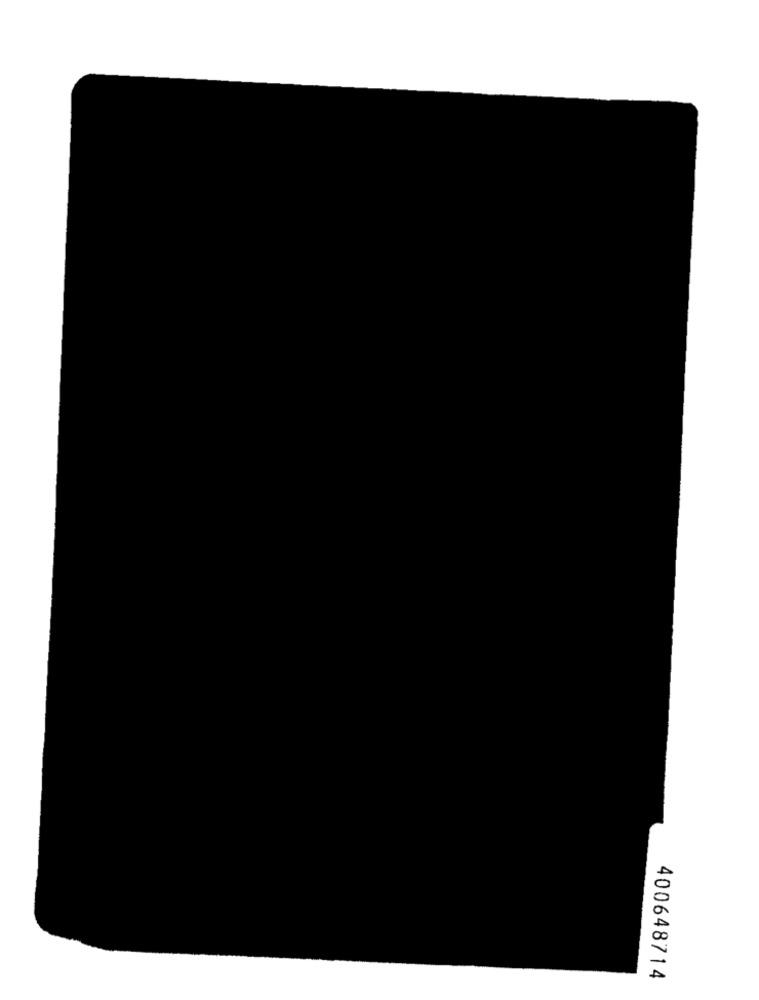
400648714